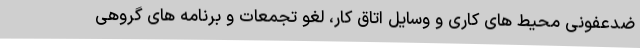
ضدعفونی محیط های کاری و وسایل اتاق کار، لغو تجمعات و برنامه های گروهی